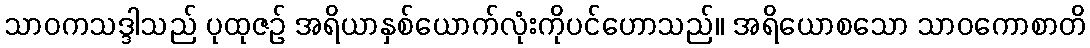
သာဝကသဒ္ဒါသည် ပုထုဇဉ် အရိယာနှစ်ယောက်လုံးကိုပင်ဟောသည်။ အရိယောစသော သာဝကောစာတိ